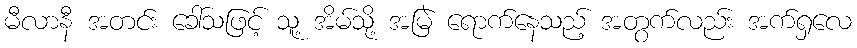
မီလာနီ အတင်း ခေါ်သဖြင့် သူ့ အိမ်သို့ အမြဲ ရောက်နေသည့် အတွက်လည်း အက်ရှလေ